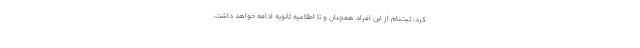
کرد: ثبت‌نام از این افراد همچنان و تا اطلاعیه ثانویه ادامه خواهد داشت.